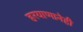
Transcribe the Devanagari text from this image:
हरयाणानेही